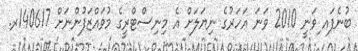
ބުނެފައ ިވަނީ 2010 ވަނަ އަހަރުގެ ނިޔަލަށް އެ މިނިސްޓްރީގެ މުވައްޒަފުންނަށް 140617ރ.